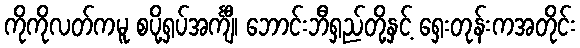
ကိုကိုလတ်ကမူ စပို့ရှပ်အင်္ကျီ၊ ဘောင်းဘီရှည်တို့နှင့် ရှေးတုန်းကအတိုင်း